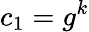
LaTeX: c_{1}=g^{k}